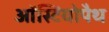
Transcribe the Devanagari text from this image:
ऑस्टियोपैथ